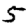
Digit: 5